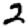
Digit: 2